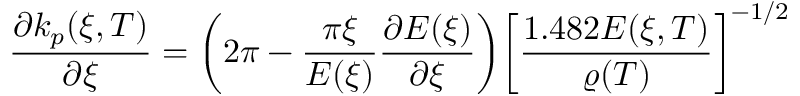
\frac { \partial k _ { p } ( \xi , T ) } { \partial \xi } = \bigg ( 2 \pi - \frac { \pi \xi } { E ( \xi ) } \frac { \partial E ( \xi ) } { \partial \xi } \bigg ) \bigg [ \frac { 1 . 4 8 2 E ( \xi , T ) } { \varrho ( T ) } \bigg ] ^ { - 1 / 2 }